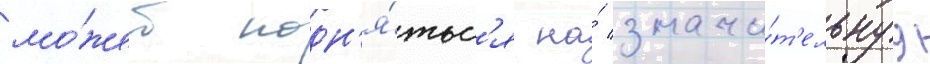
мо́жет подн'я́тьс'я на́ значи́т'ельнуу